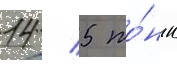
14 / 5 то́нн